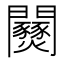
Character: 𨷹